Report of the Hyderabad Chloroform Commission
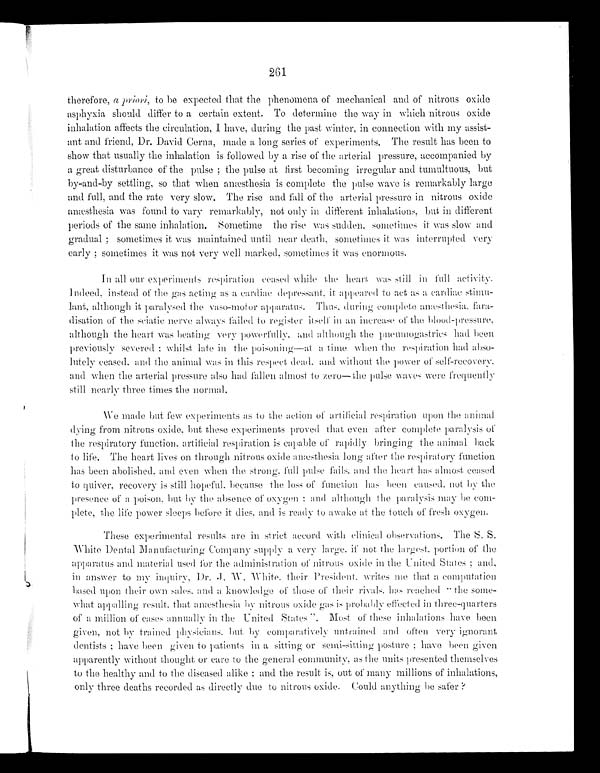
261
therefore, a priori, to be expected that the phenomena of mechanical and of nitrous oxide
asphyxia should differ to a certain extent. To determine the way in which nitrous oxide
inhalation affects the circulation, I have, during the past winter, in connection with my assist
-ant and friend, Dr. David Gerna, made a long series of experiments. The result has been to
show that usually the inhalation is followed by a rise of the arterial pressure, accompanied by
a great disturbance of the pulse; the pulse at first becoming irregular and tumultuous, but
by-and-by settling, so that when anæsthesia is complete the pulse wave is remarkably large
and full, and the rate very slow. The rise and fall of the arterial pressure in nitrous oxide
anæsthesia was found to vary remarkably, not only in different inhalations, but in different
periods of the same inhalation. Sometime the rise was sudden, sometimes it was slow and
gradual; sometimes it was maintained until near death, sometimes it was interrupted very
early; sometimes it was not very well marked, sometimes it was enormous.
In all our experiments respiration ceased while the heart was still in full activity.
Indeed, instead of the gas acting as a cardiac depressant, it appeared to act as a cardiac stim
u-lant, although it paralysed the vaso-motor apparatus. Thus, during complete anæsthesia, fara
-disation of the sciatic nerve always failed to register in an increase of the blood-pressure,
although the heart was beating very powerfully, and although the pneumogastrics had been
previously severed: whilst late in the poisoning—at a time when the respiration had abso
-lutely ceased, and the animal was in this respect dead, and without the power of self-recovery,
and when the arterial pressure also had fallen almost to zero—the pulse waves were frequently
still nearly three times the normal.
We made but few experiments as to the action of artificial respiration upon the animal
dyi ng f r om ni t r ous oxi de, but t hese exper i ment s pr oved t hat even af t er compl et e par al ysi s of
the respiratory function, artificial respiration is capable of rapidly bringing the animal back
to life. The heart lives on through nitrous oxide anæsthesia long after the respiratory function
has been abolished, and even when the strong, full pulse fails, and the heart has almost ceased
to quiver, recovery is still hopeful, because the loss of function has been caused, not by the
presence of a poison, but by the absence of oxygen; and although the paralysis may be com
-plete, the life power sleeps before it dies, and is ready to awake at the touch of fresh oxygen.
These experimental results are in strict accord with clinical observations. The S. S.
White Dental Manufacturing Company supply a very large, if not the largest portion of the
apparatus and material used for the administration of nitrous oxide in the United States; and,
in answer to my inquiry, Dr. J.W. White, their President, writes me that a computation
based upon their own sales, and a knowledge of those of their rivals, has reached "the some
- what appal l i ng r es ul t , t hat anæs t hes i a by ni t r ous oxi de gas i s pr obabl y ef f ect ed i n t hr ee- quar t er s
of a million of cases annually in the United States". Most of these inhalations have been
given, not by trained physicians, but by comparatively untrained and often very ignorant
dentists; have been given to patients in a sitting or semi-sitting posture; have been given
apparently without thought or care to the general community, as the units presented themselves
to the healthy and to the diseased alike; and the result is, out of many millions of inhalations,
only three deaths recorded as directly due to nitrous oxide. Could anything be safer?